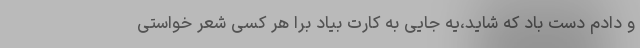
و دادم دست باد که شاید،یه جایی به کارت بیاد برا هر کسی شعر خواستی